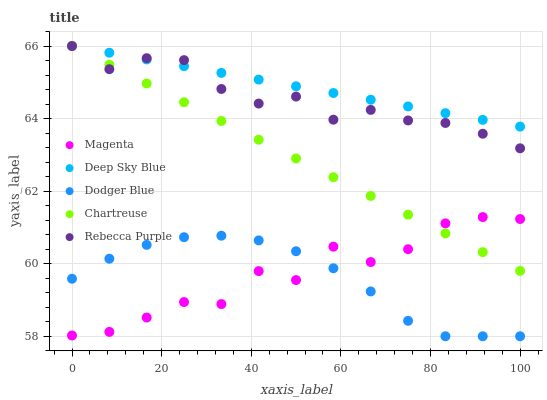
| xaxis_label | Magenta | Deep Sky Blue | Dodger Blue | Chartreuse | Rebecca Purple |
 | --- | --- | --- | --- | --- | --- |
 | 0 | 58 | 66 | 59.6 | 66 | 66 |
 | 8.33 | 58.1 | 65.8 | 60.1 | 65.5 | 65.4 |
 | 16.7 | 58.5 | 65.6 | 60.5 | 65 | 65.7 |
 | 25 | 58.9 | 65.4 | 60.7 | 64.5 | 65.6 |
 | 33.3 | 58.9 | 65.3 | 60.8 | 63.9 | 64.8 |
 | 41.7 | 59.8 | 65.1 | 60.6 | 63.4 | 64.4 |
 | 50 | 59.5 | 64.9 | 60.3 | 62.9 | 64.6 |
 | 58.3 | 60.5 | 64.7 | 59.9 | 62.4 | 64 |
 | 66.7 | 60 | 64.5 | 59.2 | 61.9 | 64.2 |
 | 75 | 60.4 | 64.3 | 58.4 | 61.4 | 63.9 |
 | 83.3 | 61.1 | 64.1 | 58 | 60.8 | 63.9 |
 | 91.7 | 61.3 | 64 | 58 | 60.3 | 63.6 |
 | 100 | 61.2 | 63.8 | 58 | 59.8 | 63.2 |